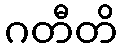
ဂတီတိ